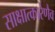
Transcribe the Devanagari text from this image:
साक्षात्कारेणैव